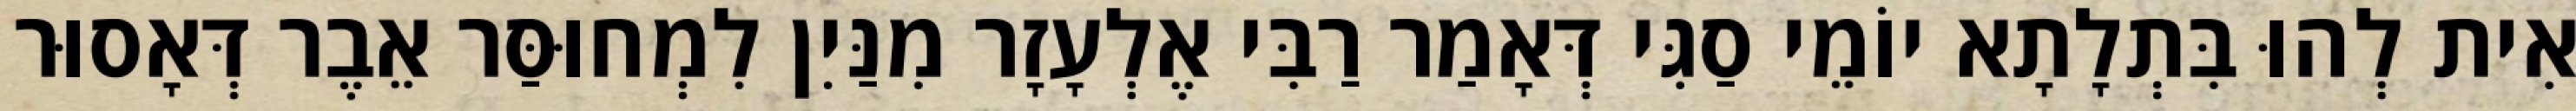
אִית לְהוּ בִּתְלָתָא יוֹמֵי סַגִּי דְּאָמַר רַבִּי אֶלְעָזָר מִנַּיִן לִמְחוּסַּר אֵבֶר דְּאָסוּר